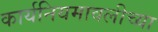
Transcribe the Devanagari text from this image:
कार्यनियमावलीच्या